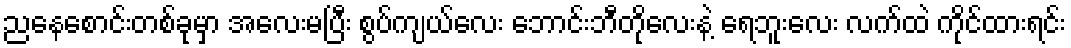
ညနေစောင်းတစ်ခုမှာ အလေးမပြီး စွပ်ကျယ်လေး ဘောင်းဘီတိုလေးနဲ့ ရေဘူးလေး လက်ထဲ ကိုင်ထားရင်း